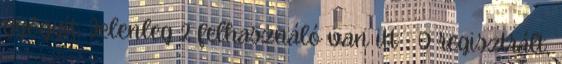
gyógyít. Jelenleg 2 felhasználó van itt :: 0 regisztrált,